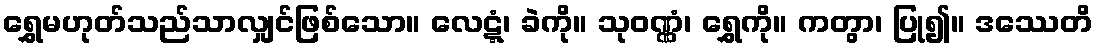
ရွှေမဟုတ်သည်သာလျှင်ဖြစ်သော။ လေဋ္ဋံ၊ ခဲကို။ သုဝဏ္ဏံ၊ ရွှေကို။ ကတွာ၊ ပြု၍။ ဒဿေတိ